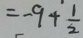
= - 9 + \frac { 1 } { 2 }